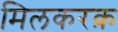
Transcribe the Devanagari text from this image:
मिलकरक़